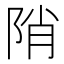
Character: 陗